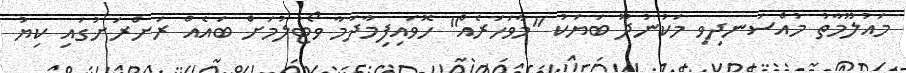
މައުލޫމާތު މުއްސަނދިވި މަކުނުދޫ ބަޔަކު "މާވަހަރެއް" ހޮވައިފިމާދަމާ ވޯޓުލުމަށް ބައެއް ރަށްރަށުގައި ކިޔު